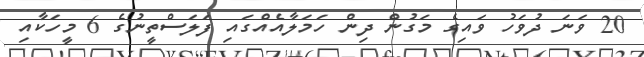
20 ވަނަ ދުވަހު ވައިގެ މަގުން ދިން ހަމަލާއެއްގައި ފަލަސްތީނުގެ 6 މީހަކާއި